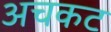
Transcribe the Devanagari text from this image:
अचकट